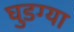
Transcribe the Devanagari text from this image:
घुडग्या